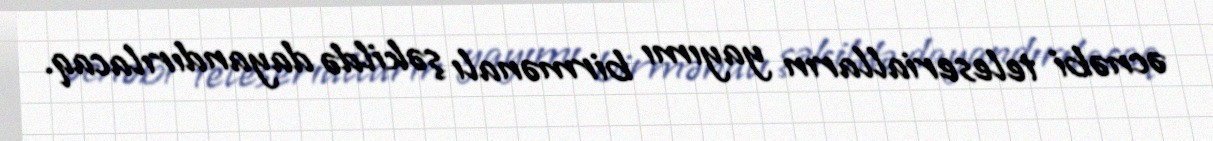
əcnəbi teleserialların yayımı birmənalı şəkildə dayandırılacaq.